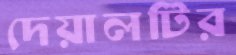
দেয়ালটির